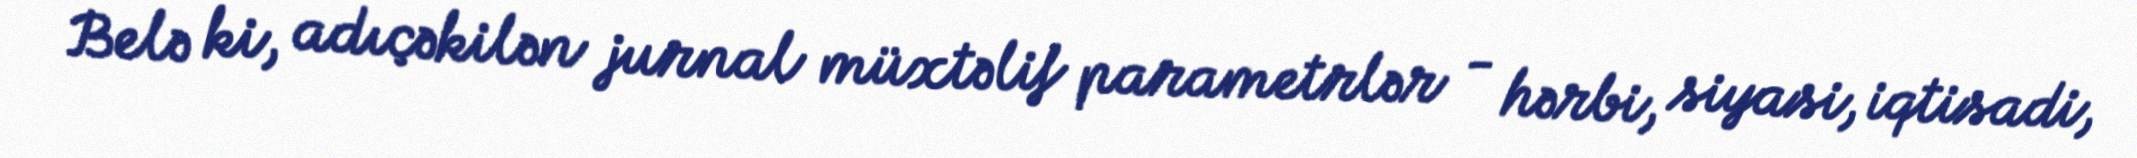
Belə ki, adıçəkilən jurnal müxtəlif parametrlər - hərbi, siyasi, iqtisadi,